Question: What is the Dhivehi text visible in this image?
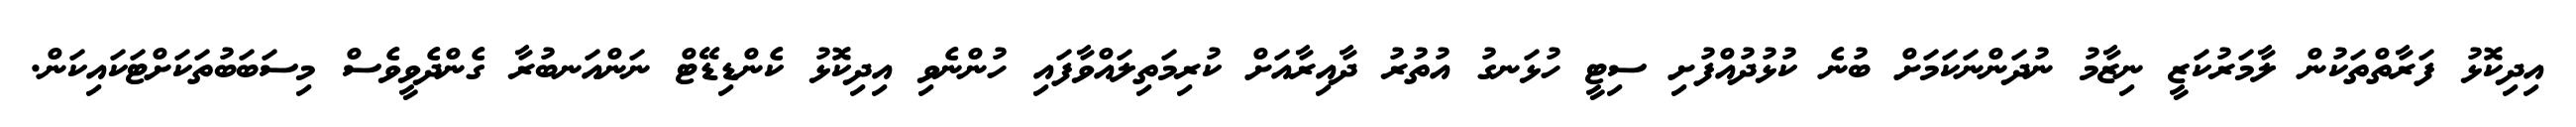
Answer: އިދިކޮޅު ފަރާތްތަކުން ލާމަރުކަޒީ ނިޒާމު ނުދަންނަކަމަށް ބުނެ ކުޅުދުއްފުށި ސިޓީ ހުޅަނގު އުތުރު ދާއިރާއަށް ކުރިމަތިލައްވާފައި ހުންނެވި އިދިކޮޅު ކެންޑިޑޭޓް ނަންއަނބުރާ ގެންދެވީވެސް މިސަބަބުތަކަށްޓަކައިކަން.